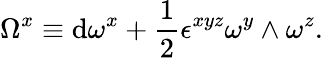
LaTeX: \Omega^{x}\equiv\mathrm{d}\omega^{x}+{\frac{{1}}{{2}}}\epsilon^{xyz}\omega^{y}\wedge\omega^{z}.